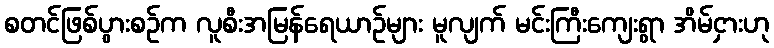
စတင်ဖြစ်ပွားစဉ်က လူစီးအမြန်ရေယာဉ်များ မူလျက် မင်းကြီးကျေးရွာ အိမ်ငှားဟု